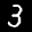
Label: 3